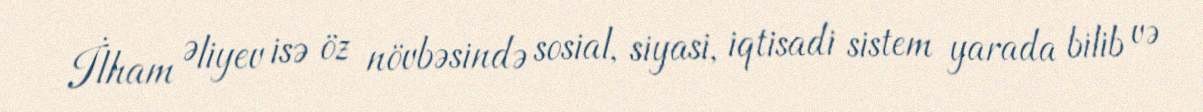
İlham Əliyev isə öz növbəsində sosial, siyasi, iqtisadi sistem yarada bilib və